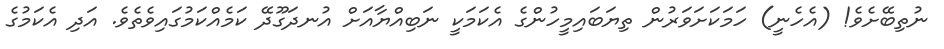
ނުތިބޭށެވެ! (އެހެނީ) ހަމަކަށަވަރުން ތިޔަބައިމީހުންގެ އެކަމަކީ ނަބިއްޔާއަށް އުނދަގޫދޭ ކަމެއްކަމުގައިވެތެވެ. އަދި އެކަމުގެ